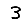
Digit: 3